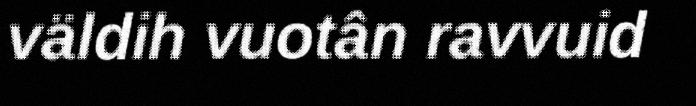
väldih vuotân ravvuid